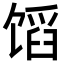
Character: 𬳊